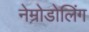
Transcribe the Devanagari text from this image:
नेम्रोडोलिंग